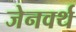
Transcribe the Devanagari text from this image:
जेनवर्थ